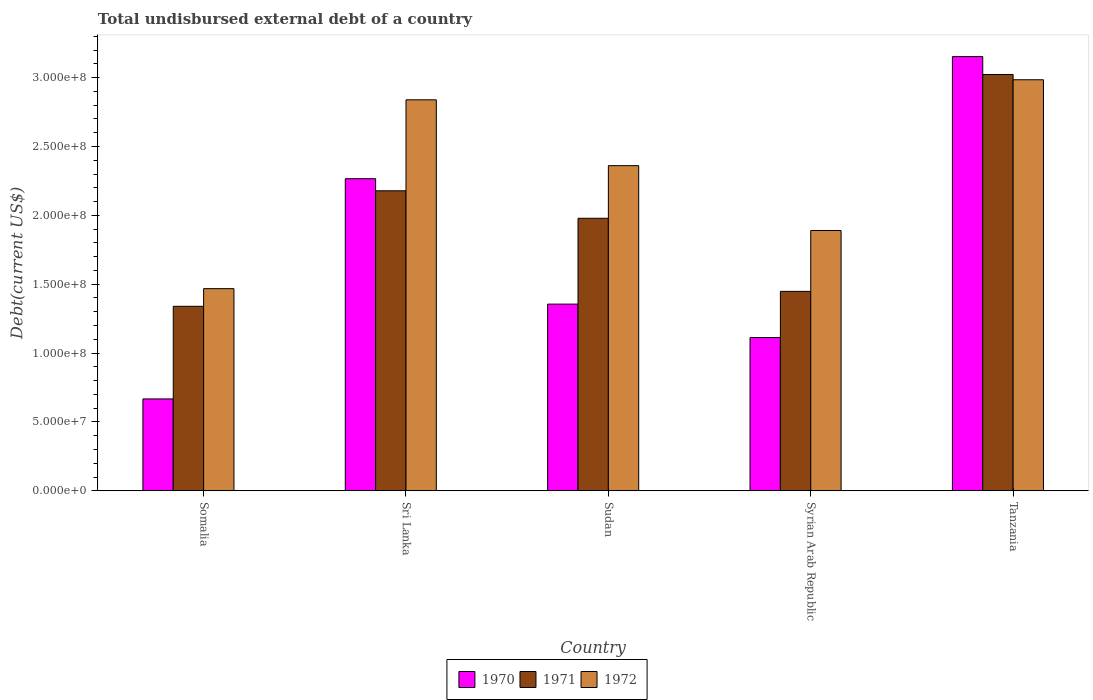
| Country | 1970 | 1971 | 1972 |
 | --- | --- | --- | --- |
 | Somalia | 6.67e+07 | 1.34e+08 | 1.47e+08 |
 | Sri Lanka | 2.27e+08 | 2.18e+08 | 2.84e+08 |
 | Sudan | 1.36e+08 | 1.98e+08 | 2.36e+08 |
 | Syrian Arab Republic | 1.11e+08 | 1.45e+08 | 1.89e+08 |
 | Tanzania | 3.15e+08 | 3.02e+08 | 2.98e+08 |